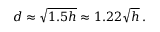
d \approx { \sqrt { 1 . 5 h } } \approx 1 . 2 2 { \sqrt { h } } \, .